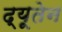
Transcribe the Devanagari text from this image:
द्यूतेन